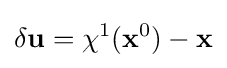
\delta {\bf {u}}=\chi ^{1}({\bf {x}}^{0})-{\bf {x}}